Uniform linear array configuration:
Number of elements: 12
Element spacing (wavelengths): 0.75
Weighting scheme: blackman
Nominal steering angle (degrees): -60
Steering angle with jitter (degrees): -60.42
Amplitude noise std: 0.05
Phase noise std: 0.05

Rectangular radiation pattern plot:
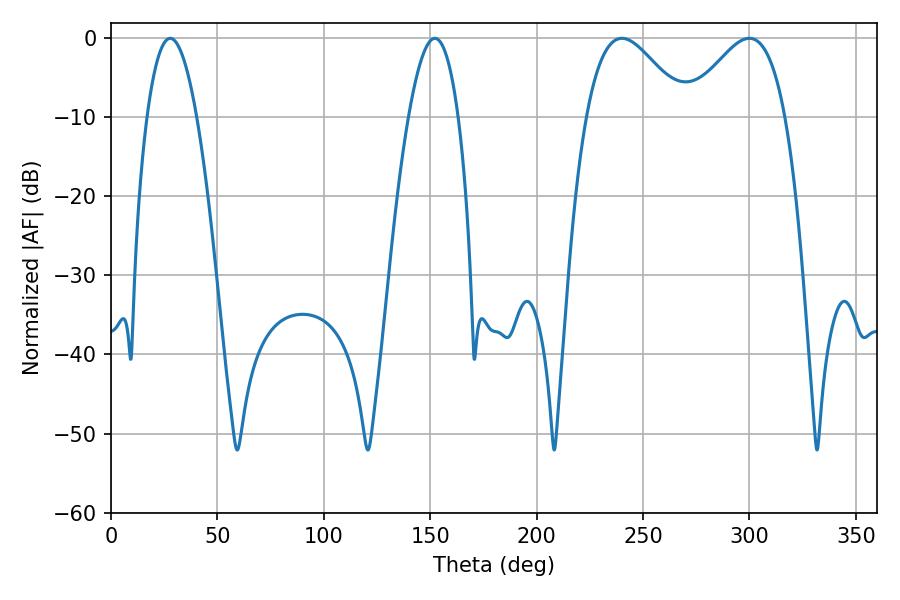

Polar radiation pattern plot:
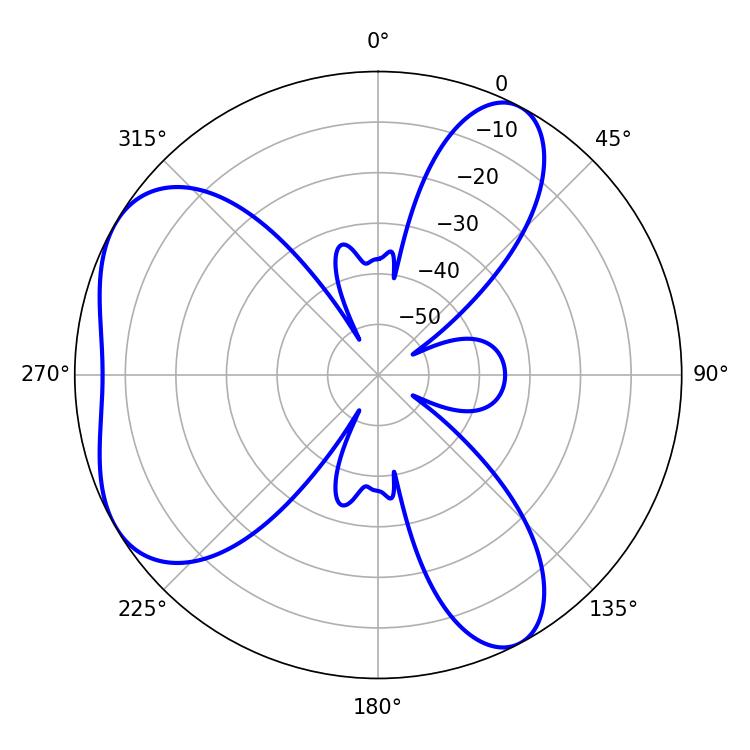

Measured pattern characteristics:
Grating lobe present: TRUE
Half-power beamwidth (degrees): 25.02
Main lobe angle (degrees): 240.12